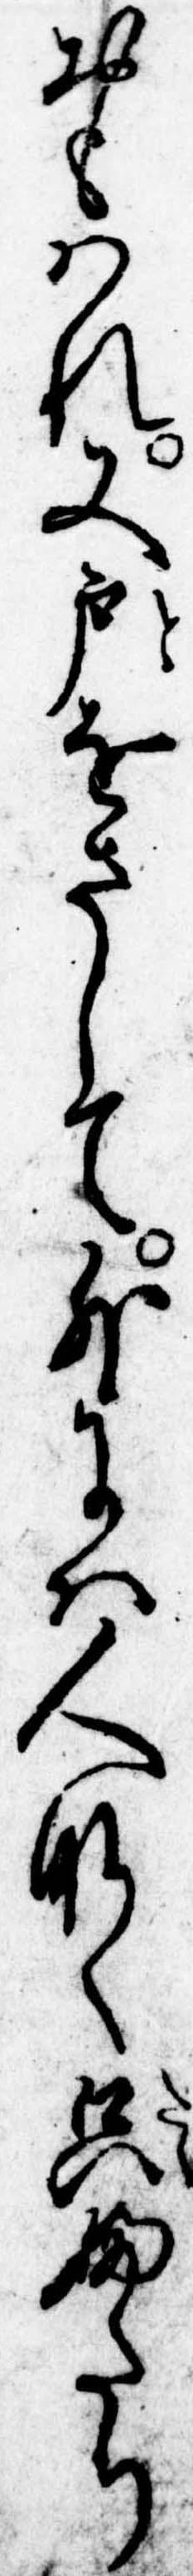
おもはれ又戸をさして外には人なく只ふたり